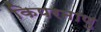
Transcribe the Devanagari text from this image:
किपरमाणु